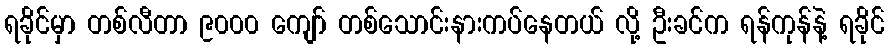
ရခိုင်မှာ တစ်လီတာ ၉၀၀၀ ကျော် တစ်သောင်းနားကပ်နေတယ် လို့ ဦးခင်က ရန်ကုန်နဲ့ ရခိုင်